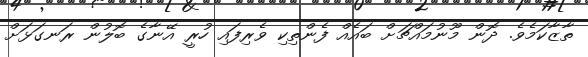
ތާޒާކަމެވެ. ދޮން މޫނުމައްޗަށް ބައެއް ފެންތިކި ވެރިފައި ހުރީ އޭނާގެ ބޮލުން ރަނގަޅަށް